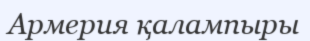
Армерия қалампыры